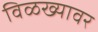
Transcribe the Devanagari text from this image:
विळख्यावर